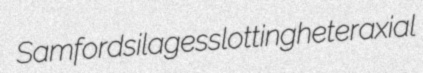
Samford silages slotting heteraxial